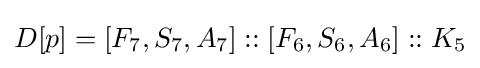
D[p]=[F_{7},S_{7},A_{7}]::[F_{6},S_{6},A_{6}]::K_{5}